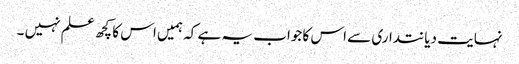
نہایت دیانتداری سے اس کا جواب یہ ہے کہ ہمیں اس کا کچھ علم نہیں ۔